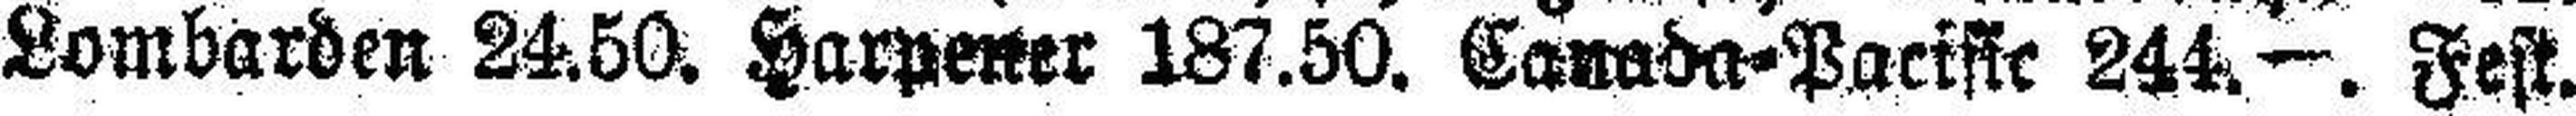
Lombarden 24.50. Harpener 187.50. Canada=Pacific 244.—. Fest.